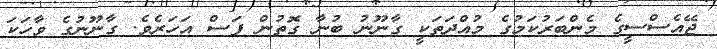
ޖޭއެސްސީގެ މެންބަރުކަމުގެ މުއްދަތަކީ ގާނޫނު ބުނާ ގޮތުން ފަސް އަހަރެވެ. ގާނޫނުގެ ވާހަކަ